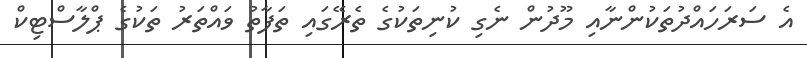
އެ ސަރަހައްދުތަކުންނާއި މޫދުން ނެގި ކުނިތަކުގެ ތެރޭގައި ތަފާތު ވައްތަރު ތަކުގެ ޕްލާސްޓިކް